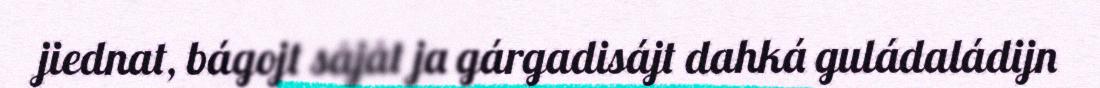
jiednat, bágojt såjåt ja gárgadisájt dahká guládaládijn